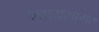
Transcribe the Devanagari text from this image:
फ्वायसागर